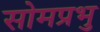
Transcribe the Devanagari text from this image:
सोमप्रभु